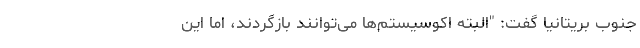
جنوب بریتانیا گفت: "البته اکوسیستم‌ها می‌توانند بازگردند، اما این